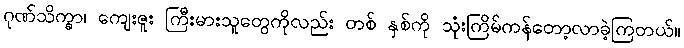
ဂုဏ်သိက္ခာ၊ ကျေးဇူး ကြီးမားသူတွေကိုလည်း တစ် နှစ်ကို သုံးကြိမ်ကန်တော့လာခဲ့ကြတယ်။